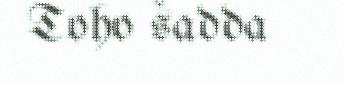
Toho šadda